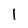
Character: l